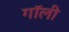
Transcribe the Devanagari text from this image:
गॉली